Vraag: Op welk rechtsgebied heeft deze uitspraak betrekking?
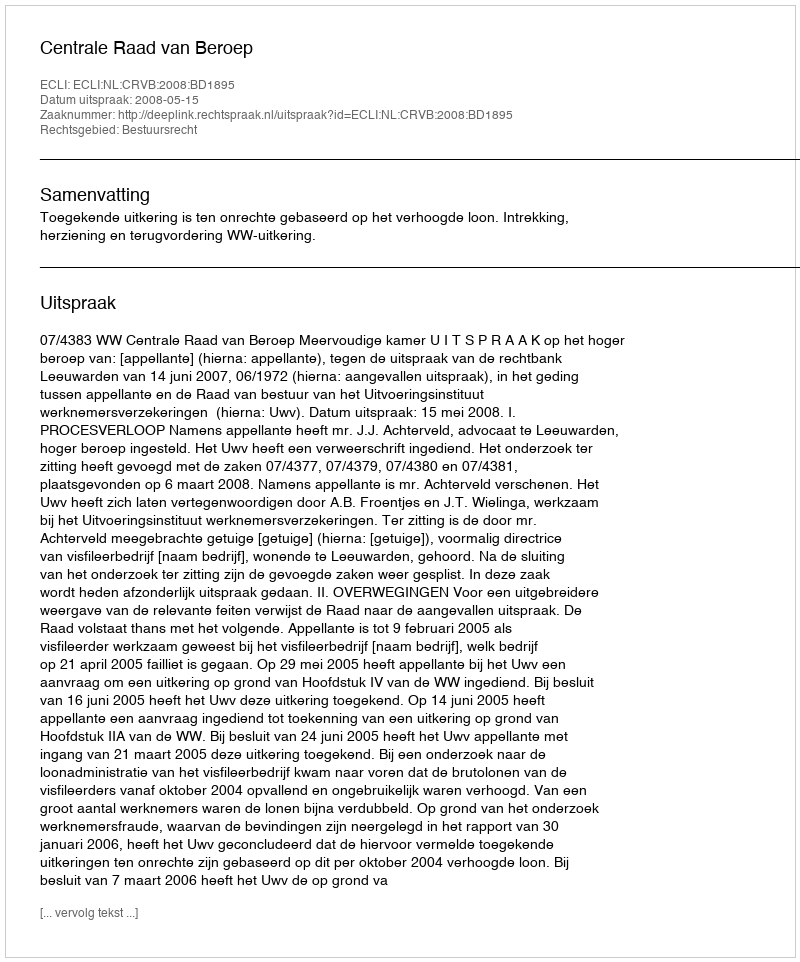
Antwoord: Bestuursrecht